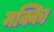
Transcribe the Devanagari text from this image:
मक्काि